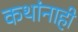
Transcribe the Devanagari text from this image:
कथांनाही